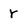
Character: r